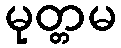
မုတ္တမ